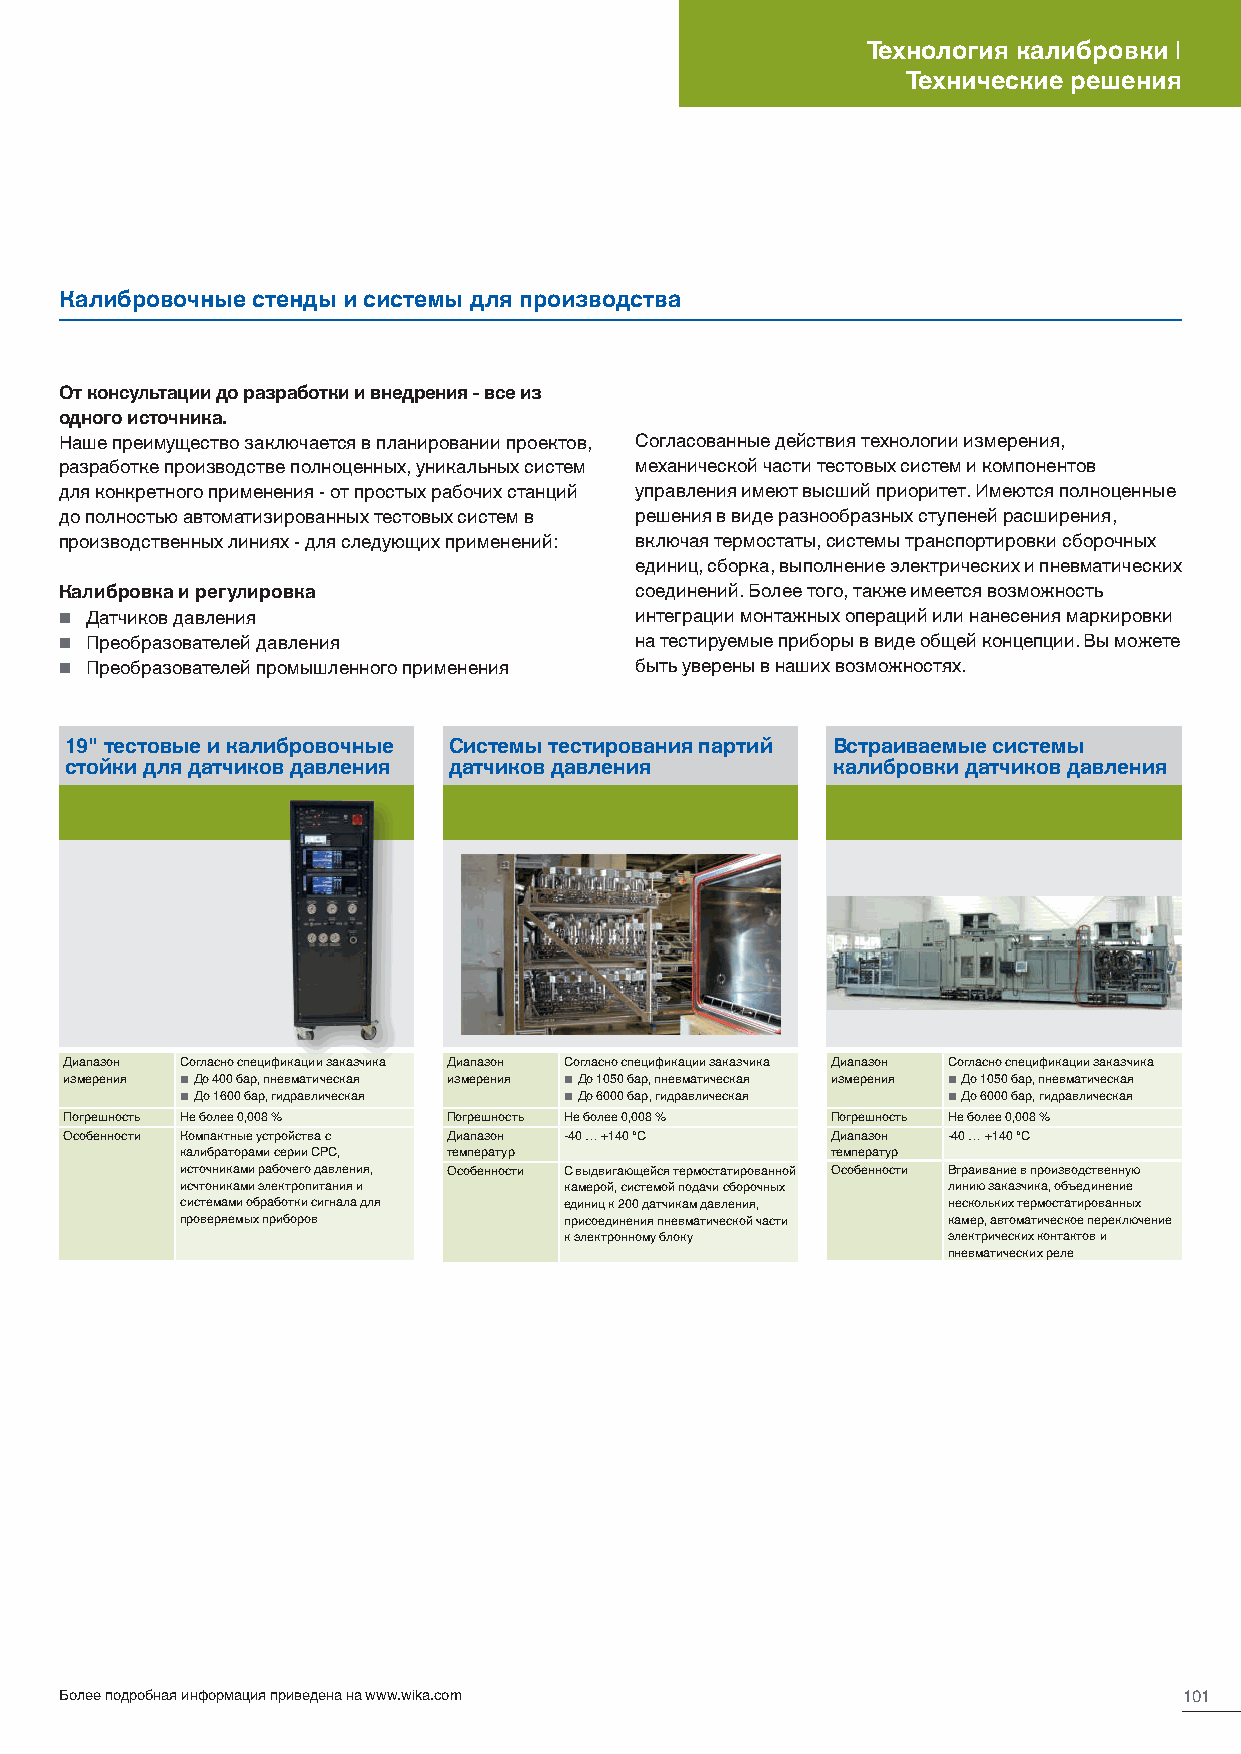
Технология калибровки |
 Технические решения
 Калибровочные стенды и системы для производства
 От консультации до разработки и внедрения - все из
 одного источника.
 Наше преимущество заключается в планировании проектов, Согласованные действия технологии измерения,
 разработке производстве полноценных, уникальных систем механической части тестовых систем и компонентов
 для конкретного применения - от простых рабочих станций управления имеют высший приоритет. Имеются полноценные
 до полностью автоматизированных тестовых систем в решения в виде разнообразных ступеней расширения,
 производственных линиях - для следующих применений: включая термостаты, системы транспортировки сборочных
 единиц, сборка, выполнение электрических и пневматических
 Калибровка и регулировка              соединений. Более того, также имеется возможность
  Датчиков давления                   интеграции монтажных операций или нанесения маркировки
  Преобразователей давления           на тестируемые приборы в виде общей концепции. Вы можете
  Преобразователей промышленного применения быть уверены в наших возможностях.
 19" тестовые и калибровочные Системы тестирования партий Встраиваемые системы
 стойки для датчиков давления датчиков давления     калибровки датчиков давления
 Диапазон Согласно спецификации заказчика Диапазон Согласно спецификации заказчика Диапазон Согласно спецификации заказчика
 измерения ■ До 400 бар, пневматическая измерения ■ До 1050 бар, пневматическая измерения ■ До 1050 бар, пневматическая
 ■ До 1600 бар, гидравлическая ■ До 6000 бар, гидравлическая ■ До 6000 бар, гидравлическая
 Погрешность Не более 0,008 % Погрешность Не более 0,008 % Погрешность Не более 0,008 %
 Особенности Компактные устройства с Диапазон -40 … +140 °C Диапазон -40 … +140 °C
 калибраторами серии CPC, температур        температур
 источниками рабочего давления, Особенности С выдвигающейся термостатированной Особенности Втраивание в производственную
 исчтониками электропитания и камерой, системой подачи сборочных линию заказчика, объединение
 системами обработки сигнала для единиц к 200 датчикам давления, нескольких термостатированных
 проверяемых приборов     присоединения пневматической части камер, автоматическое переключение
 к электронному блоку      электрических контактов и
 пневматических реле
 Более подробная информация приведена на www.wika.com                      101